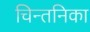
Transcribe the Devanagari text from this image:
चिन्तनिका